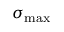
\sigma _ { \mathrm { m a x } }